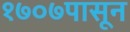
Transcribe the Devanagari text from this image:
१७०७पासून